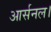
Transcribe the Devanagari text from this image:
आर्सनल।